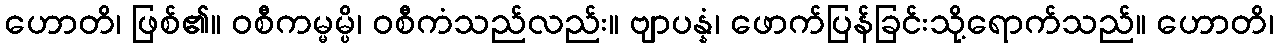
ဟောတိ၊ ဖြစ်၏။ ဝစီကမ္မမ္ပိ၊ ဝစီကံသည်လည်း။ ဗျာပန္နံ၊ ဖောက်ပြန်ခြင်းသို့ရောက်သည်။ ဟောတိ၊